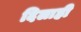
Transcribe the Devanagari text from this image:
दिलाही